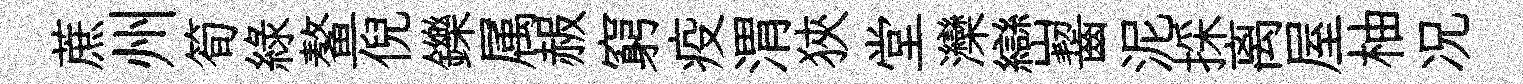
蔗州筍綠鳌倪鑠属赧窮疫渭狹堂灤巒齧泥採离屋柚况